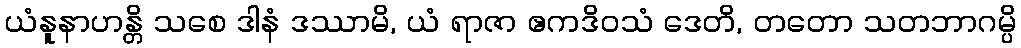
ယံနူနာဟန္တိ သစေ ဒါနံ ဒဿာမိ, ယံ ရာဇာ ဧကဒိဝသံ ဒေတိ, တတော သတဘာဂမ္ပိ